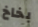
بخاخ